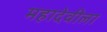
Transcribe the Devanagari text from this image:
महादेवीला